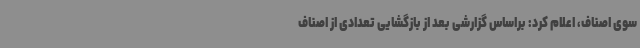
سوی اصناف، اعلام کرد: براساس گزارشی بعد از بازگشایی تعدادی از اصناف